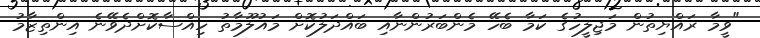
"ވީމާ ރައްޔިތުން މަޖިލީހުގެ ކަމާ ބެހޭ މެންބަރުންނާއި ބައްދަލުކޮށް މައުލޫމާތު ހިއްސާކޮށްދެވޭނެ އިންތިޒާމު